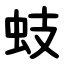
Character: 蚑